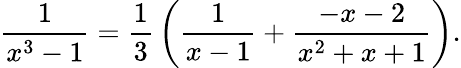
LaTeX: {\frac{1}{x^{3}-1}}={\frac{1}{3}}\left({\frac{1}{x-1}}+{\frac{-x-2}{x^{2}+x+1}}\right).